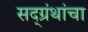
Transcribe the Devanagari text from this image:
सद्ग्रंथांचा